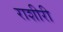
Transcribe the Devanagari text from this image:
राशीरी